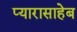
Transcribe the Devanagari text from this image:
प्यारासाहेब